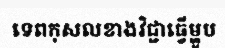
ទេពកុសលខាងវិជ្ជាធ្វើម្ហូប